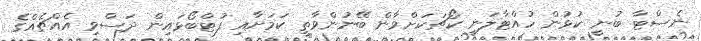
ނެސްޓާ ބުނީ ކުޅުން ހުއްޓާލަނީ ކޯޗަކަށްވާން ބޭނުންވާތީ ކަމަށާއި ފުޓްބޯޅައިން ދަސްވި އެއްޗެއްގެ